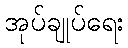
အုပ်ချုပ်ရေး